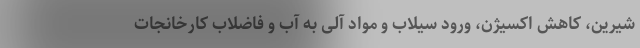
شیرین، کاهش اکسیژن، ورود سیلاب و مواد آلی به آب و فاضلاب کارخانجات